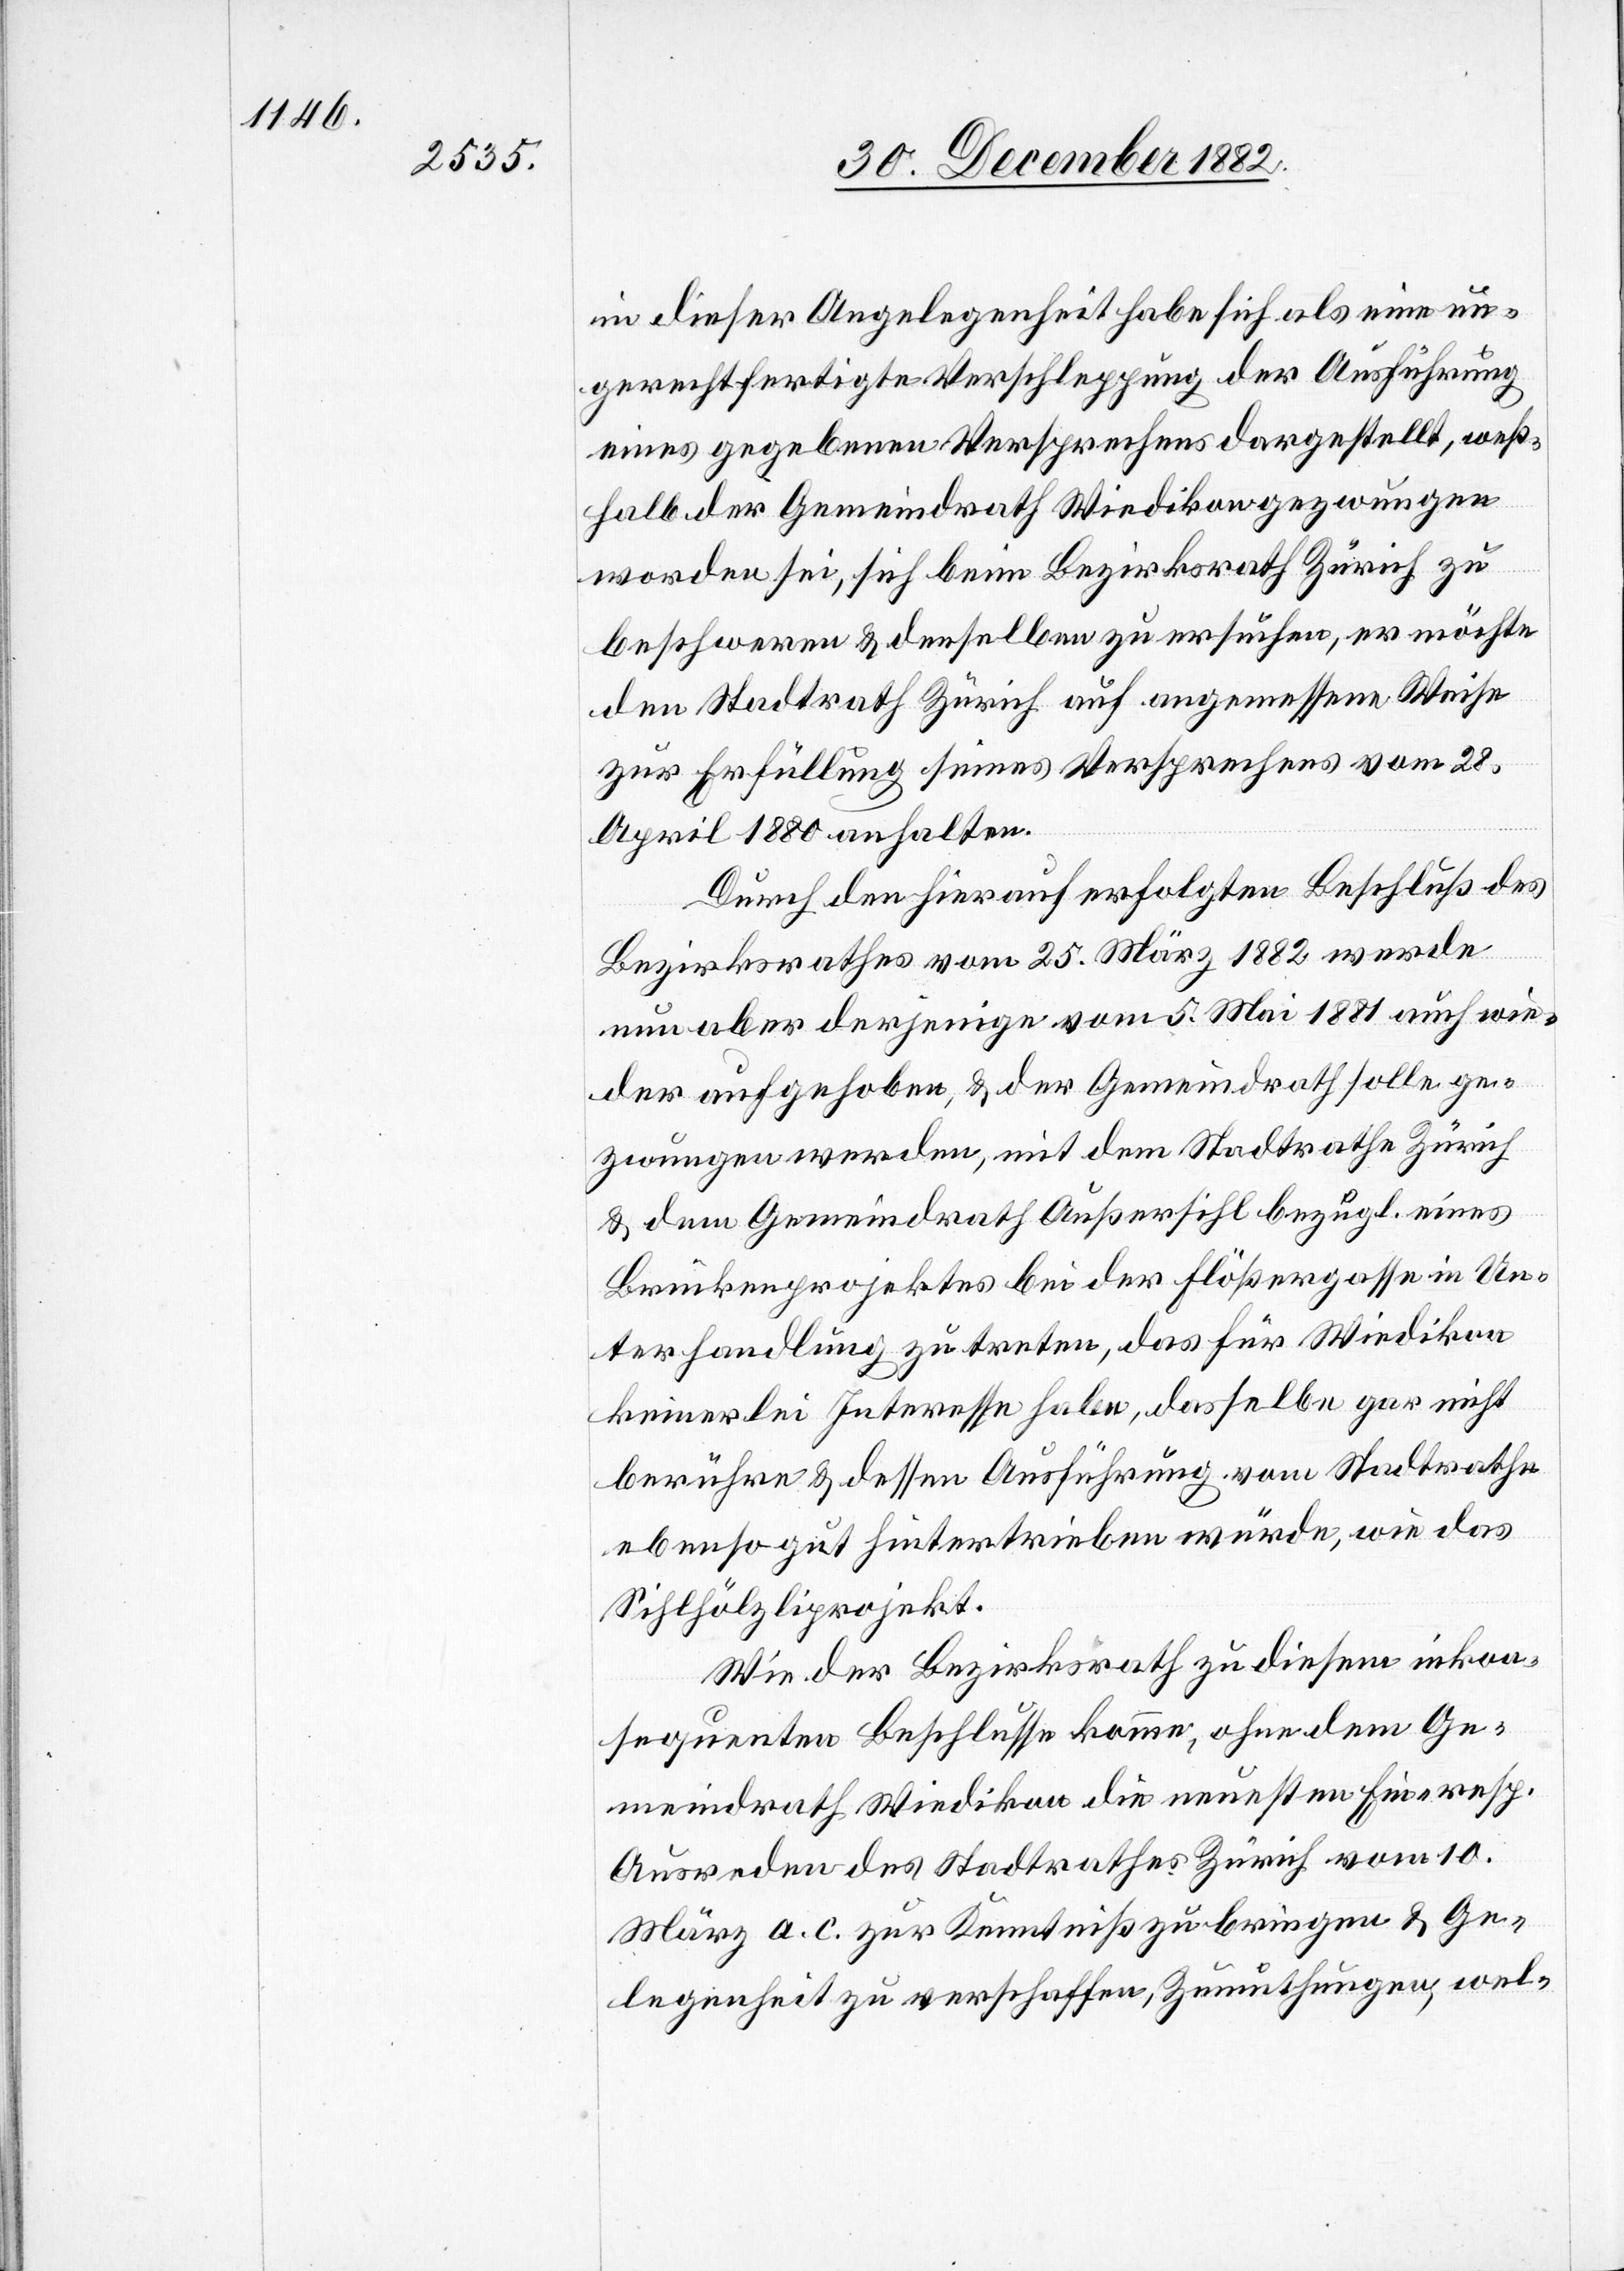
in dieser Angelegenheit habe sich als eine un¬
gerechtfertigte Verschleppung der Ausführung
eines gegebenen Versprechens dargestellt, weß¬
halb der Gemeindrath Wiedikon gezwungen
worden sei, sich beim Bezirksrath Zürich zu
beschweren & denselben zu ersuchen, er möchte
den Stadtrath Zürich auf angemessene Weise
zur Erfüllung seines Versprechens vom 28.
April 1880 anhalten.
Durch den hierauf erfolgten Beschluß des
Bezirksrathes vom 25 März 1882 werde
nun aber derjenige vom 5. Mai 1881 auch wie¬
der aufgehoben, & der Gemeindrath solle ge¬
zwungen werden, mit dem Stadtrathe Zürich
& dem Gemeindrath Außersihl bezügl. eines
Brückenprojektes bei der Flößergasse in Un¬
terhandlung zu treten, das für Wiedikon
keinerlei Interesse habe, dasselbe gar nicht
berühre & dessen Ausführung vom Stadtrathe
ebensogut hintertrieben würde, wie das
Sihlhölzliprojekt.
Wie der Bezirksrath zu diesem inkon¬
sequenten Beschlusse komme, ohne dem Ge¬
meindrath Wiedikon die neuesten Ein- resp.
Ausreden des Stadtrathes Zürich vom 10.
März a. c. zur Kenntniß zu bringen & Ge¬
legenheit zu verschaffen, Zumuthungen, wel-